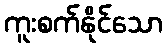
ကူးစက်နိုင်သော